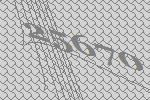
25670